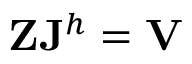
\mathbf { Z } \mathbf { J } ^ { h } = \mathbf { V }